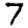
Digit: 7